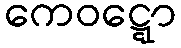
ကေဝဋ္ဋော